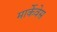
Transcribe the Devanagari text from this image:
मार्केवेस